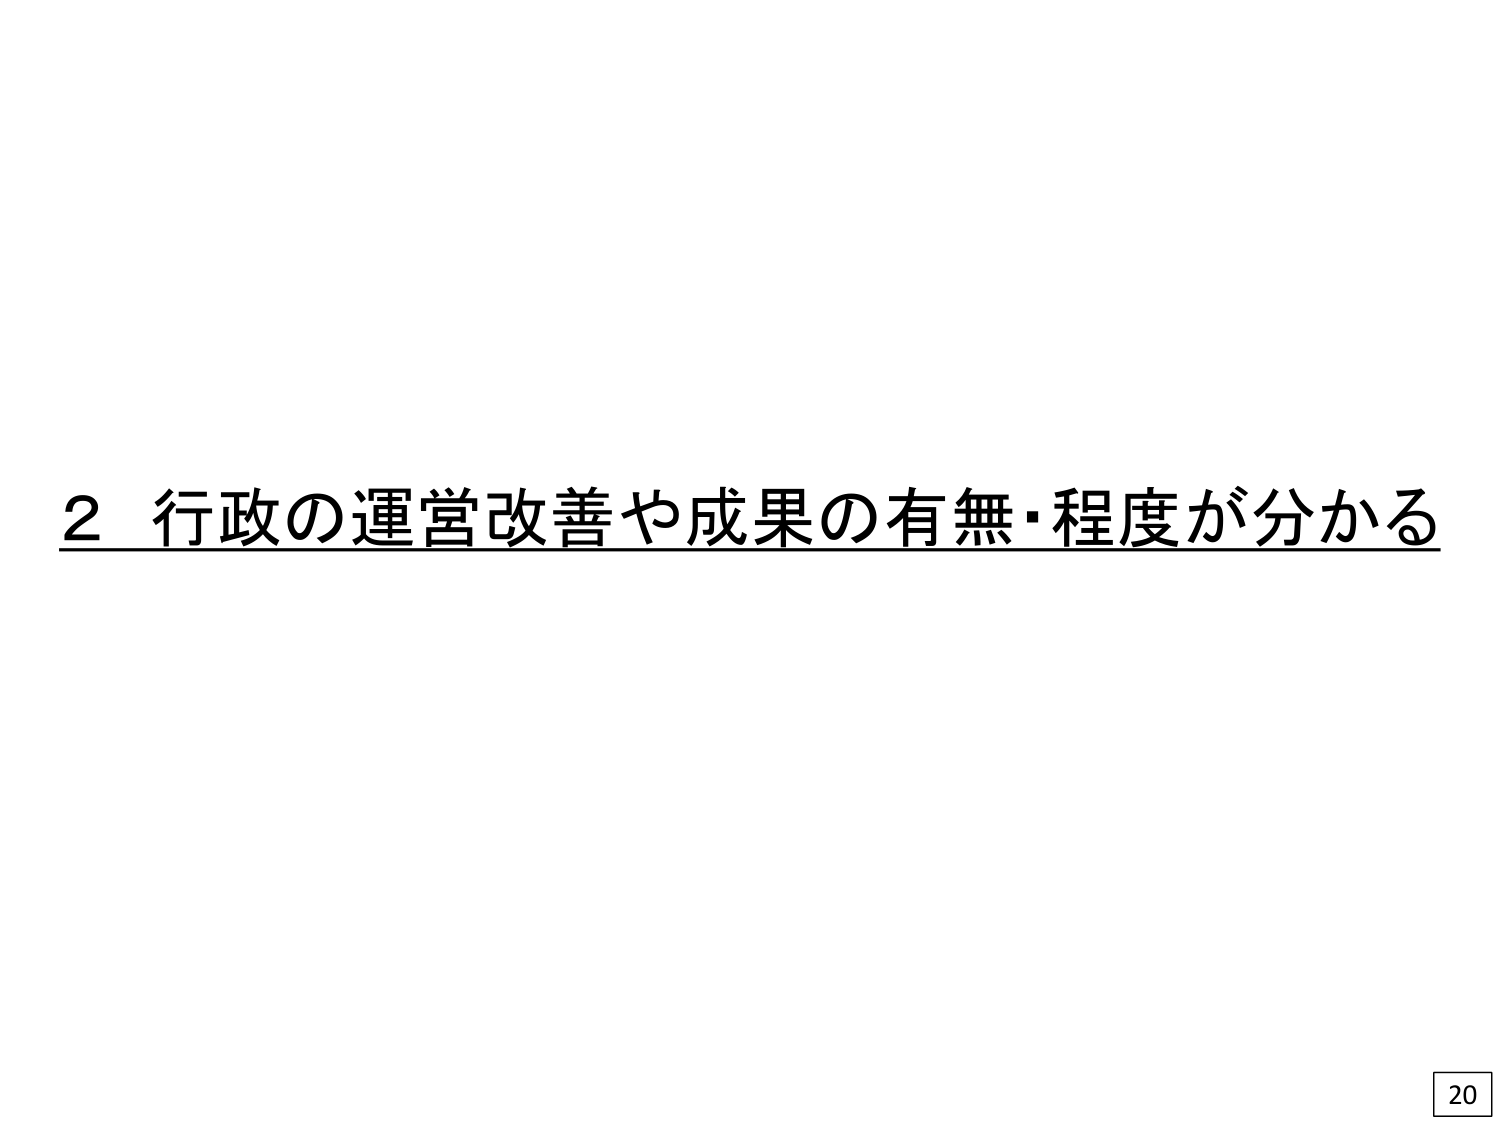
2 行政の運営改善や成果の有無・程度が分かる
20